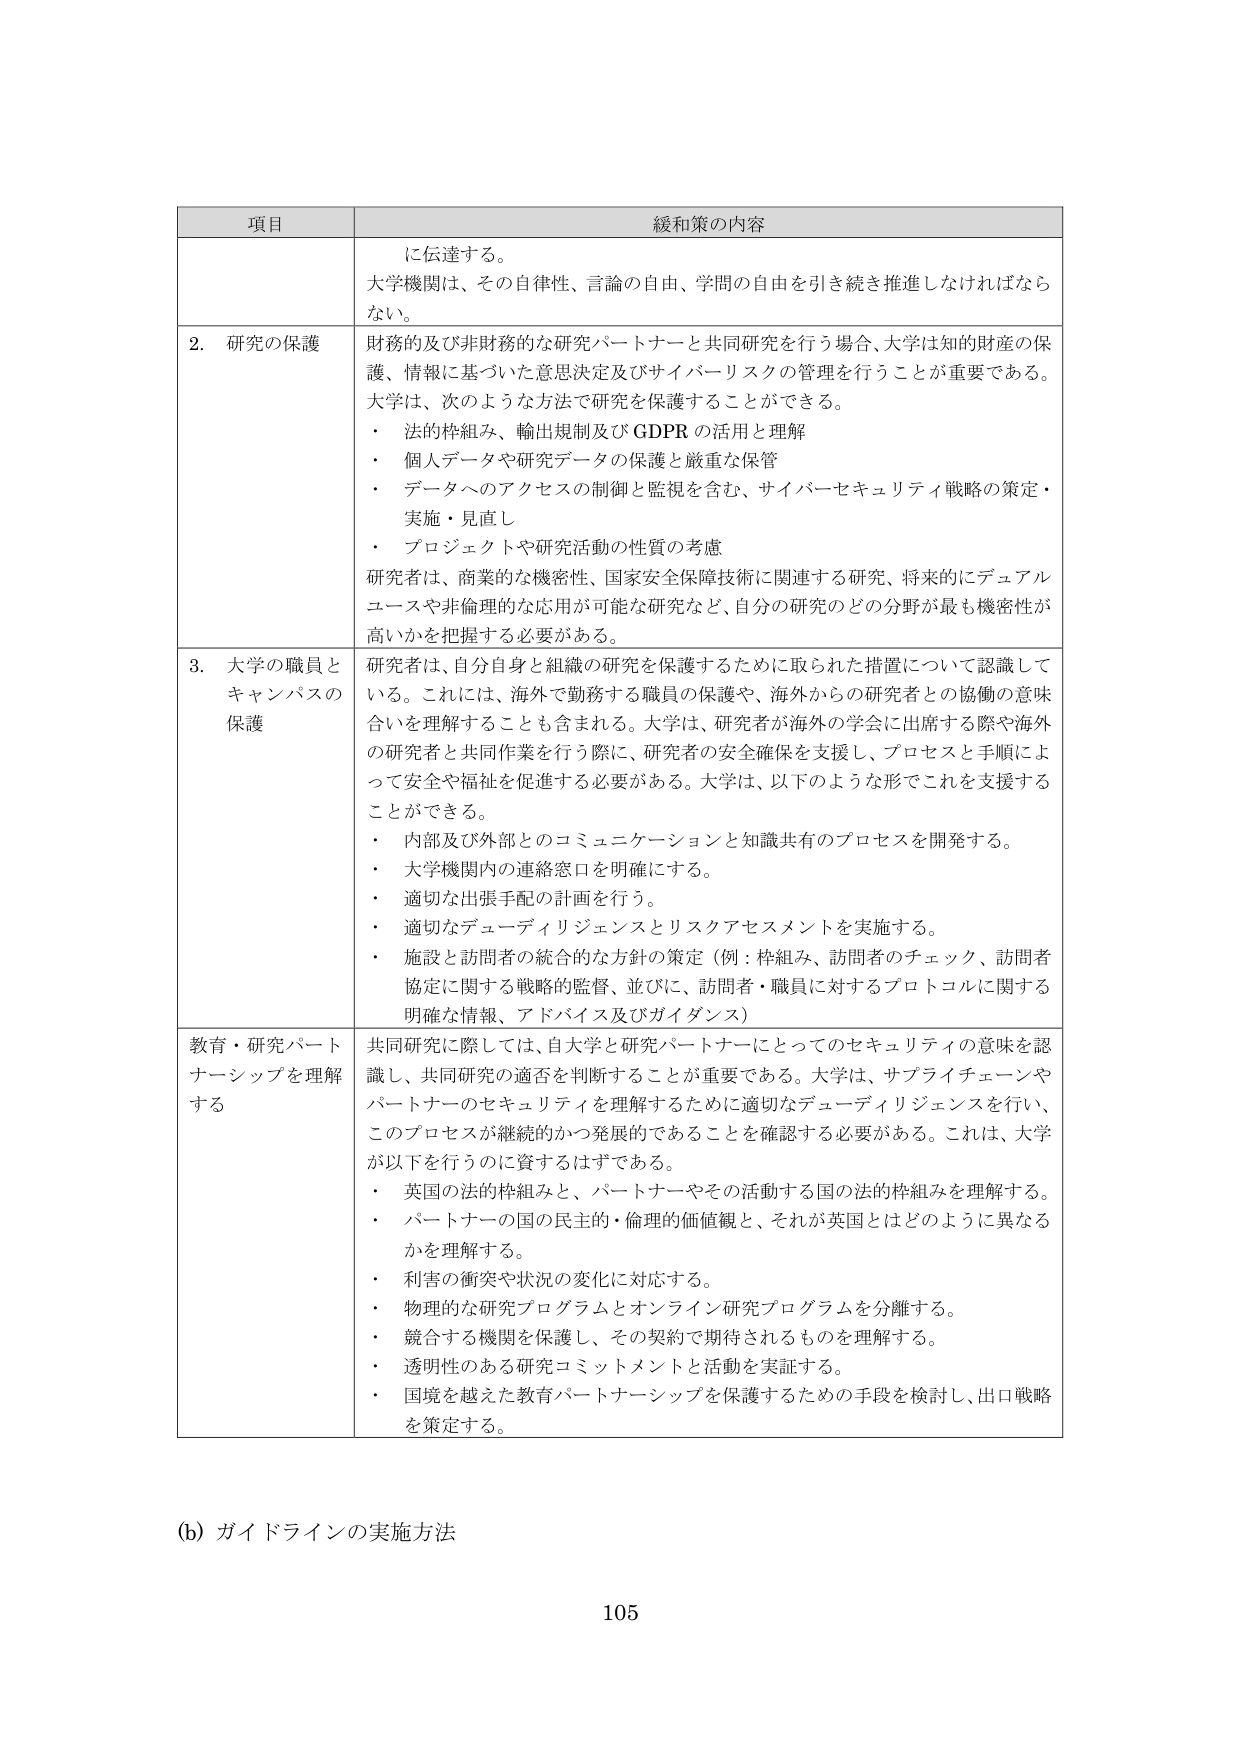
項目 緩和策の内容
に伝達する。
大学機関は、その自律性、言論の自由、学問の自由を引き続き推進しなければならない。
2. 研究の保護 財務的及び非財務的な研究パートナーと共同研究を行う場合、大学は知的財産の保護、情報に基づいた意思決定及びサイバーリスクの管理を行うことが重要である。大学は、次のような方法で研究を保護することができる。
・ 法的枠組み、輸出規制及び GDPR の活用と理解
・ 個人データや研究データの保護と厳重な保管
・ データへのアクセスの制御と監視を含む、サイバーセキュリティ戦略の策定・実施・見直し
・ プロジェクトや研究活動の性質の考慮
研究者は、商業的な機密性、国家安全保障技術に関連する研究、将来的にデュアルユースや非倫理的な応用が可能な研究など、自分の研究のどの分野が最も機密性が高いかを把握する必要がある。
3. 大学の職員とキャンパスの保護 研究者は、自分自身と組織の研究を保護するために取られた措置について認識している。これには、海外で勤務する職員の保護や、海外からの研究者との協働の意味合いを理解することも含まれる。大学は、研究者が海外の学会に出席する際や海外の研究者と共同作業を行う際に、研究者の安全確保を支援し、プロセスと手順によって安全や福祉を促進する必要がある。大学は、以下のような形でこれを支援することができる。
・ 内部及び外部とのコミュニケーションと知識共有のプロセスを開発する。
・ 大学機関内の連絡窓口を明確にする。
・ 適切な出張手配の計画を行う。
・ 適切なデューディリジェンスとリスクアセスメントを実施する。
・ 施設と訪問者の統合的な方針の策定（例：枠組み、訪問者のチェック、訪問者協定に関する戦略的監督、並びに、訪問者・職員に対するプロトコルに関する明確な情報、アドバイス及びガイダンス）
教育・研究パートナーシップを理解する 共同研究に際しては、自大学と研究パートナーにとってのセキュリティの意味を認識し、共同研究の適否を判断することが重要である。大学は、サプライチェーンやパートナーのセキュリティを理解するために適切なデューディリジェンスを行い、このプロセスが継続的かつ発展的であることを確認する必要がある。これは、大学が以下を行うのに資するはずである。
・ 英国の法的枠組みと、パートナーやその活動する国の法的枠組みを理解する。
・ パートナーの国の民主的・倫理的価値観と、それが英国とはどのように異なるかを理解する。
・ 利害の衝突や状況の変化に対応する。
・ 物理的な研究プログラムとオンライン研究プログラムを分離する。
・ 競合する機関を保護し、その契約で期待されるものを理解する。
・ 透明性のある研究コミットメントと活動を実証する。
・ 国境を越えた教育パートナーシップを保護するための手段を検討し、出口戦略を策定する。
(b) ガイドラインの実施方法
105